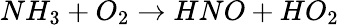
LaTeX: NH_{3}+O_{2}\rightarrow HNO+HO_{2}